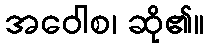
အဝေါစ၊ ဆို၏။